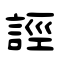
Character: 誙